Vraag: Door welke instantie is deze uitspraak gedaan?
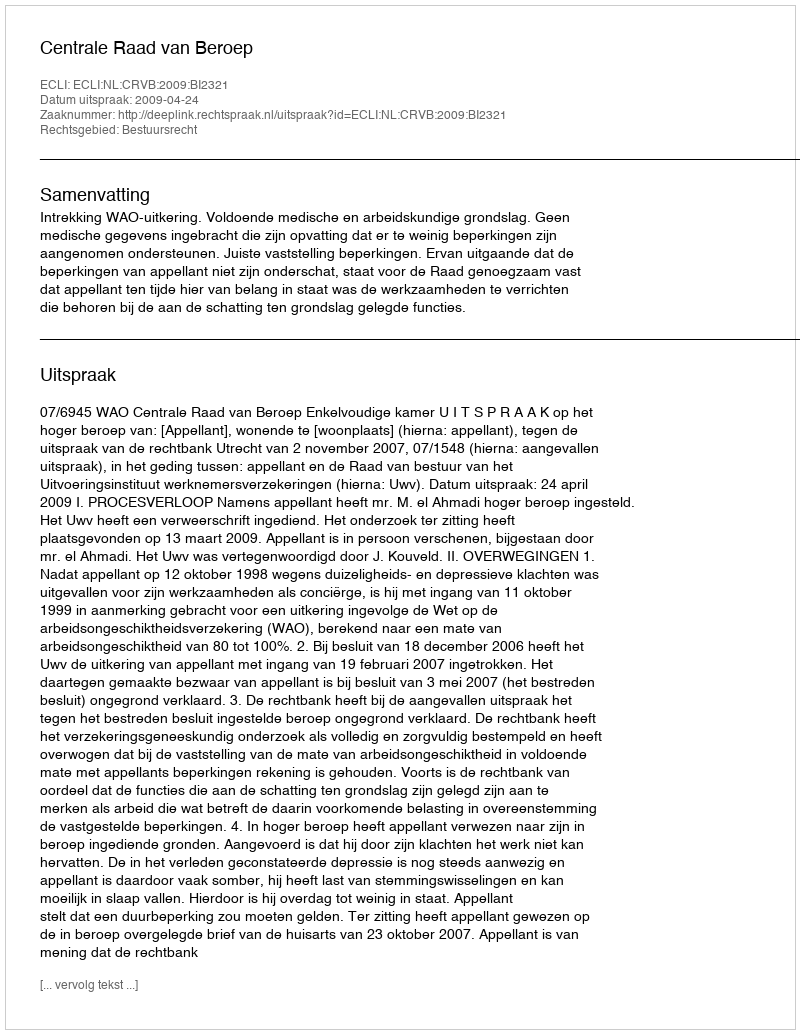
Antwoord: Centrale Raad van Beroep